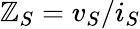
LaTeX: \mathbb{Z}_{S}=v_{S}/i_{S}